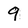
Character: 9